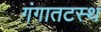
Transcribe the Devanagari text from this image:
गंगातटस्थ